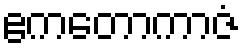
ဧကတောကာဇံ